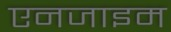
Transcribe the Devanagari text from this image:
एनजाइम